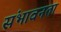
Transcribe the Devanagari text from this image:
संभावनता